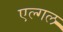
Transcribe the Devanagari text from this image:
एल्गल